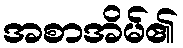
အစာအိမ်၏